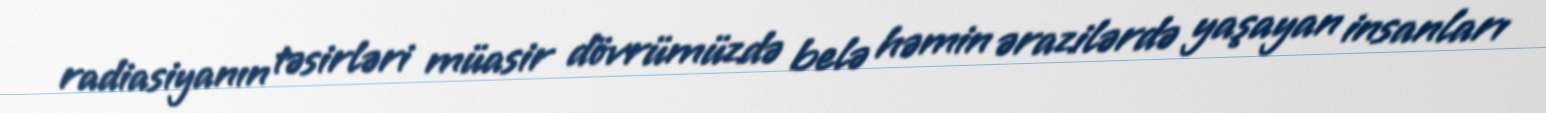
radiasiyanın təsirləri müasir dövrümüzdə belə həmin ərazilərdə yaşayan insanları